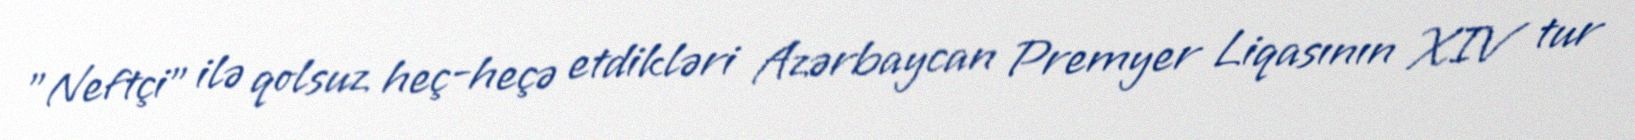
"Neftçi" ilə qolsuz heç-heçə etdikləri Azərbaycan Premyer Liqasının XIV tur